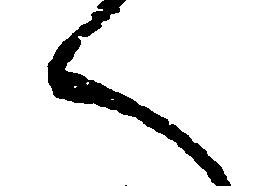
へ